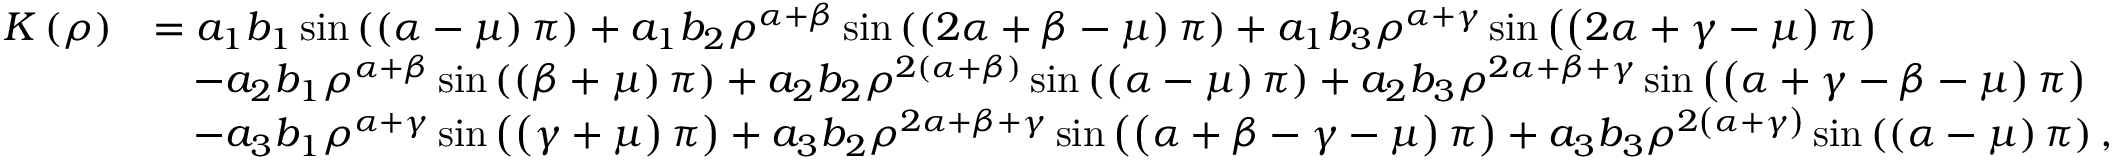
\begin{array} { r l } { K \left( \rho \right) } & { = a _ { 1 } b _ { 1 } \sin \left( \left( \alpha - \mu \right) \pi \right) + a _ { 1 } b _ { 2 } \rho ^ { \alpha + \beta } \sin \left( \left( 2 \alpha + \beta - \mu \right) \pi \right) + a _ { 1 } b _ { 3 } \rho ^ { \alpha + \gamma } \sin \left( \left( 2 \alpha + \gamma - \mu \right) \pi \right) } \\ & { \quad - a _ { 2 } b _ { 1 } \rho ^ { \alpha + \beta } \sin \left( \left( \beta + \mu \right) \pi \right) + a _ { 2 } b _ { 2 } \rho ^ { 2 \left( \alpha + \beta \right) } \sin \left( \left( \alpha - \mu \right) \pi \right) + a _ { 2 } b _ { 3 } \rho ^ { 2 \alpha + \beta + \gamma } \sin \left( \left( \alpha + \gamma - \beta - \mu \right) \pi \right) } \\ & { \quad - a _ { 3 } b _ { 1 } \rho ^ { \alpha + \gamma } \sin \left( \left( \gamma + \mu \right) \pi \right) + a _ { 3 } b _ { 2 } \rho ^ { 2 \alpha + \beta + \gamma } \sin \left( \left( \alpha + \beta - \gamma - \mu \right) \pi \right) + a _ { 3 } b _ { 3 } \rho ^ { 2 \left( \alpha + \gamma \right) } \sin \left( \left( \alpha - \mu \right) \pi \right) , } \end{array}